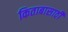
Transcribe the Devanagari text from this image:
किताबासाठी